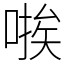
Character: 𫫃